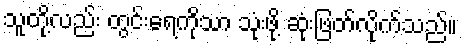
သူတို့လည်း တွင်းရေကိုသာ သုံးဖို့ ဆုံးဖြတ်လိုက်သည်။